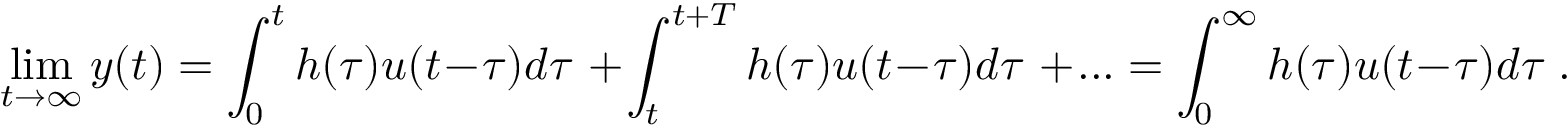
\operatorname* { l i m } _ { t \to \infty } y ( t ) = \int _ { 0 } ^ { t } h ( \tau ) u ( t - \tau ) d \tau \; + \int _ { t } ^ { t + T } h ( \tau ) u ( t - \tau ) d \tau \; + . . . = \int _ { 0 } ^ { \infty } h ( \tau ) u ( t - \tau ) d \tau \; .